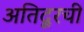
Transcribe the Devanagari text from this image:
अतिदूरची